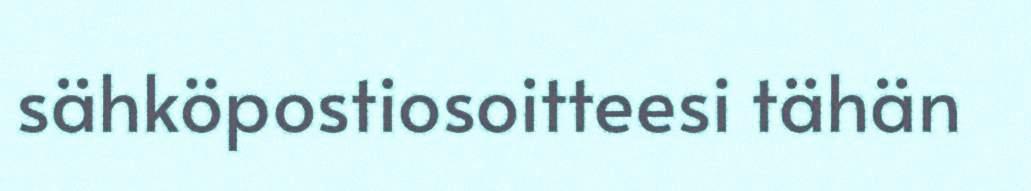
sähköpostiosoitteesi tähän